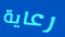
رعاية